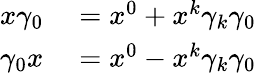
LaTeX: \begin{array}{rl}{x\gamma_{0}}&{{}=x^{0}+x^{k}\gamma_{k}\gamma_{0}}\\ {\gamma_{0}x}&{{}=x^{0}-x^{k}\gamma_{k}\gamma_{0}}\end{array}